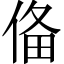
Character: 俻